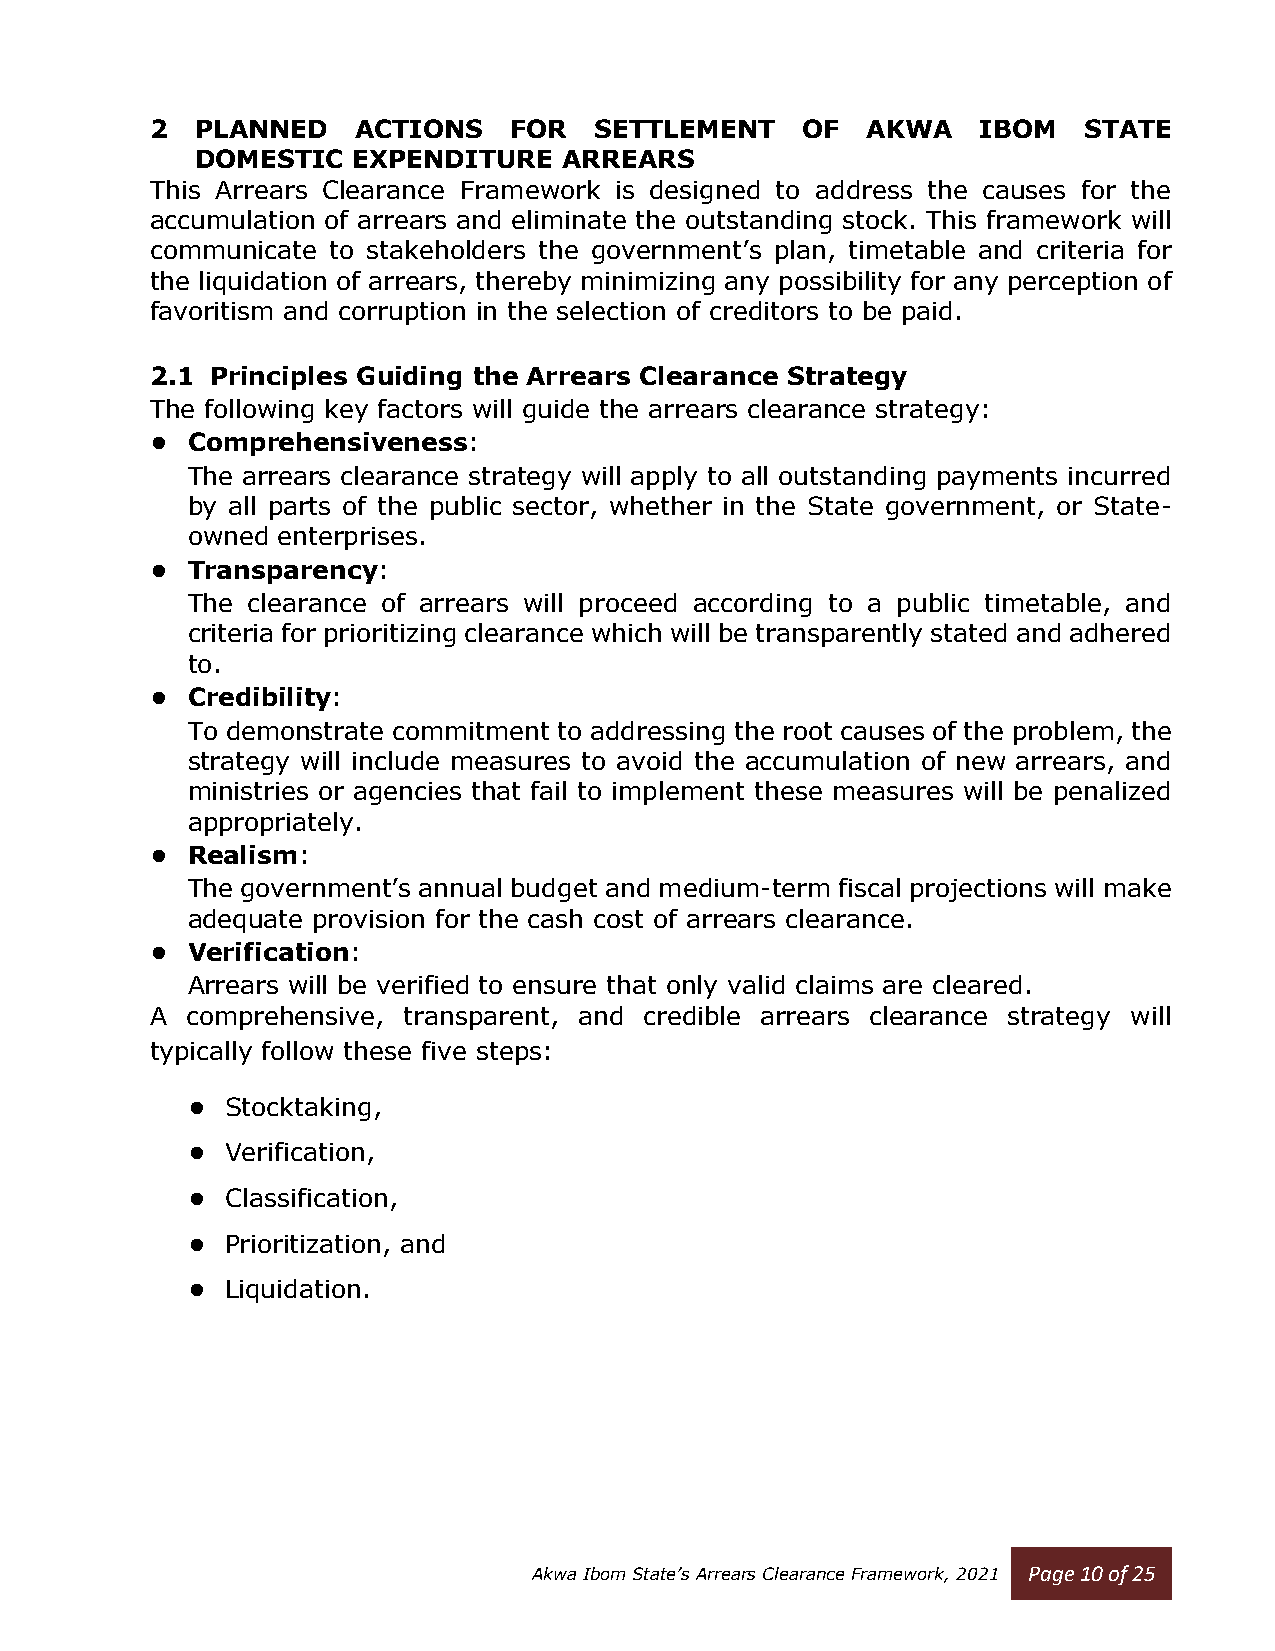
2  PLANNED    ACTIONS   FOR  SETTLEMENT    OF  AKWA    IBOM   STATE
 DOMESTIC  EXPENDITURE   ARREARS
 This Arrears Clearance Framework is designed to address the causes for the
 accumulation of arrears and eliminate the outstanding stock. This framework will
 communicate to stakeholders the government’s plan, timetable and criteria for
 the liquidation of arrears, thereby minimizing any possibility for any perception of
 favoritism and corruption in the selection of creditors to be paid.
 2.1 Principles Guiding the Arrears Clearance Strategy
 The following key factors will guide the arrears clearance strategy:
 • Comprehensiveness:
 The arrears clearance strategy will apply to all outstanding payments incurred
 by all parts of the public sector, whether in the State government, or State-
 owned enterprises.
 • Transparency:
 The clearance of arrears will proceed according to a public timetable, and
 criteria for prioritizing clearance which will be transparently stated and adhered
 to.
 • Credibility:
 To demonstrate commitment to addressing the root causes of the problem, the
 strategy will include measures to avoid the accumulation of new arrears, and
 ministries or agencies that fail to implement these measures will be penalized
 appropriately.
 • Realism:
 The government’s annual budget and medium-term fiscal projections will make
 adequate provision for the cash cost of arrears clearance.
 • Verification:
 Arrears will be verified to ensure that only valid claims are cleared.
 A comprehensive, transparent, and credible arrears clearance strategy will
 typically follow these five steps:
 •  Stocktaking,
 •  Verification,
 •  Classification,
 •  Prioritization, and
 •  Liquidation.
 Akwa Ibom State’s Arrears Clearance Framework, 2021 Page 10 of 25